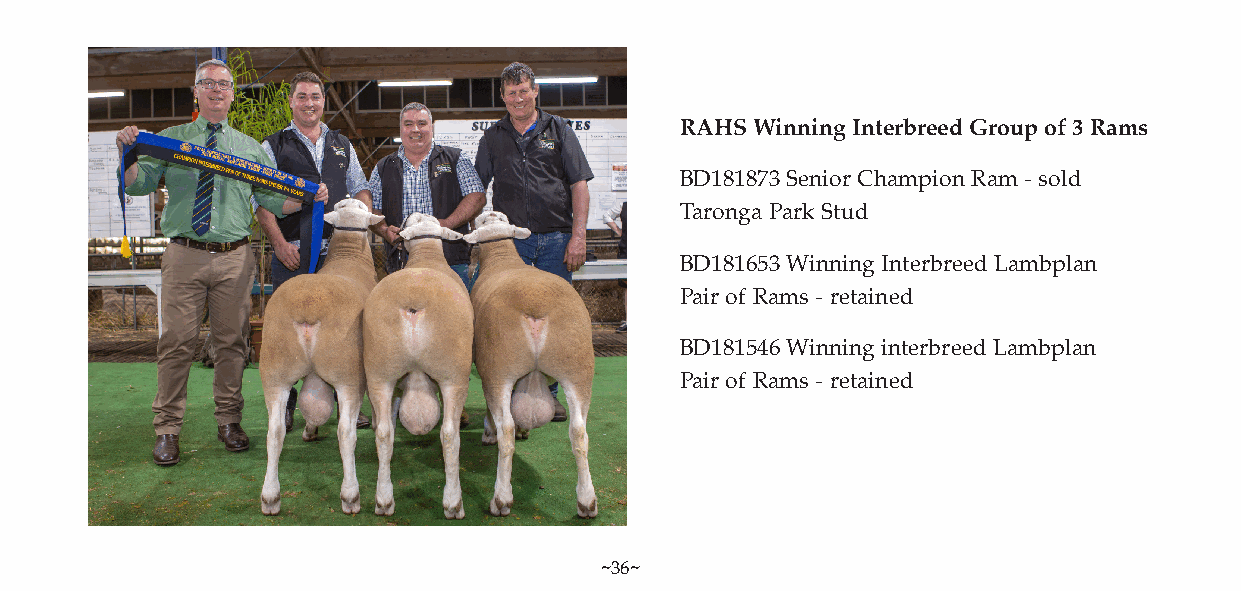
RAHS Winning Interbreed Group of 3 Rams
 BD181873 Senior Champion Ram - sold
 Taronga Park Stud
 BD181653 Winning Interbreed Lambplan
 Pair of Rams - retained
 BD181546 Winning interbreed Lambplan
 Pair of Rams - retained
 ~36~